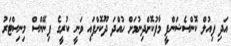
އަދި ފިއުލް ކޮންސެޝަންފީ މާފުކޮށްދިނުމަށް ހުއްދަ ދޫކޮށްފައި ވަނީ ކުރީގެ ފިނޭންސް މިނިސްޓަރު